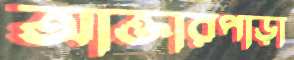
আক্তারপাড়া